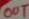
Text: OUT